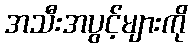
အသီးအပွင့်များကို